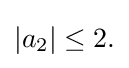
\displaystyle {|a_{2}|\leq 2.}